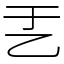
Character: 𠃗